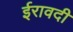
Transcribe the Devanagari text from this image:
ईरावदी